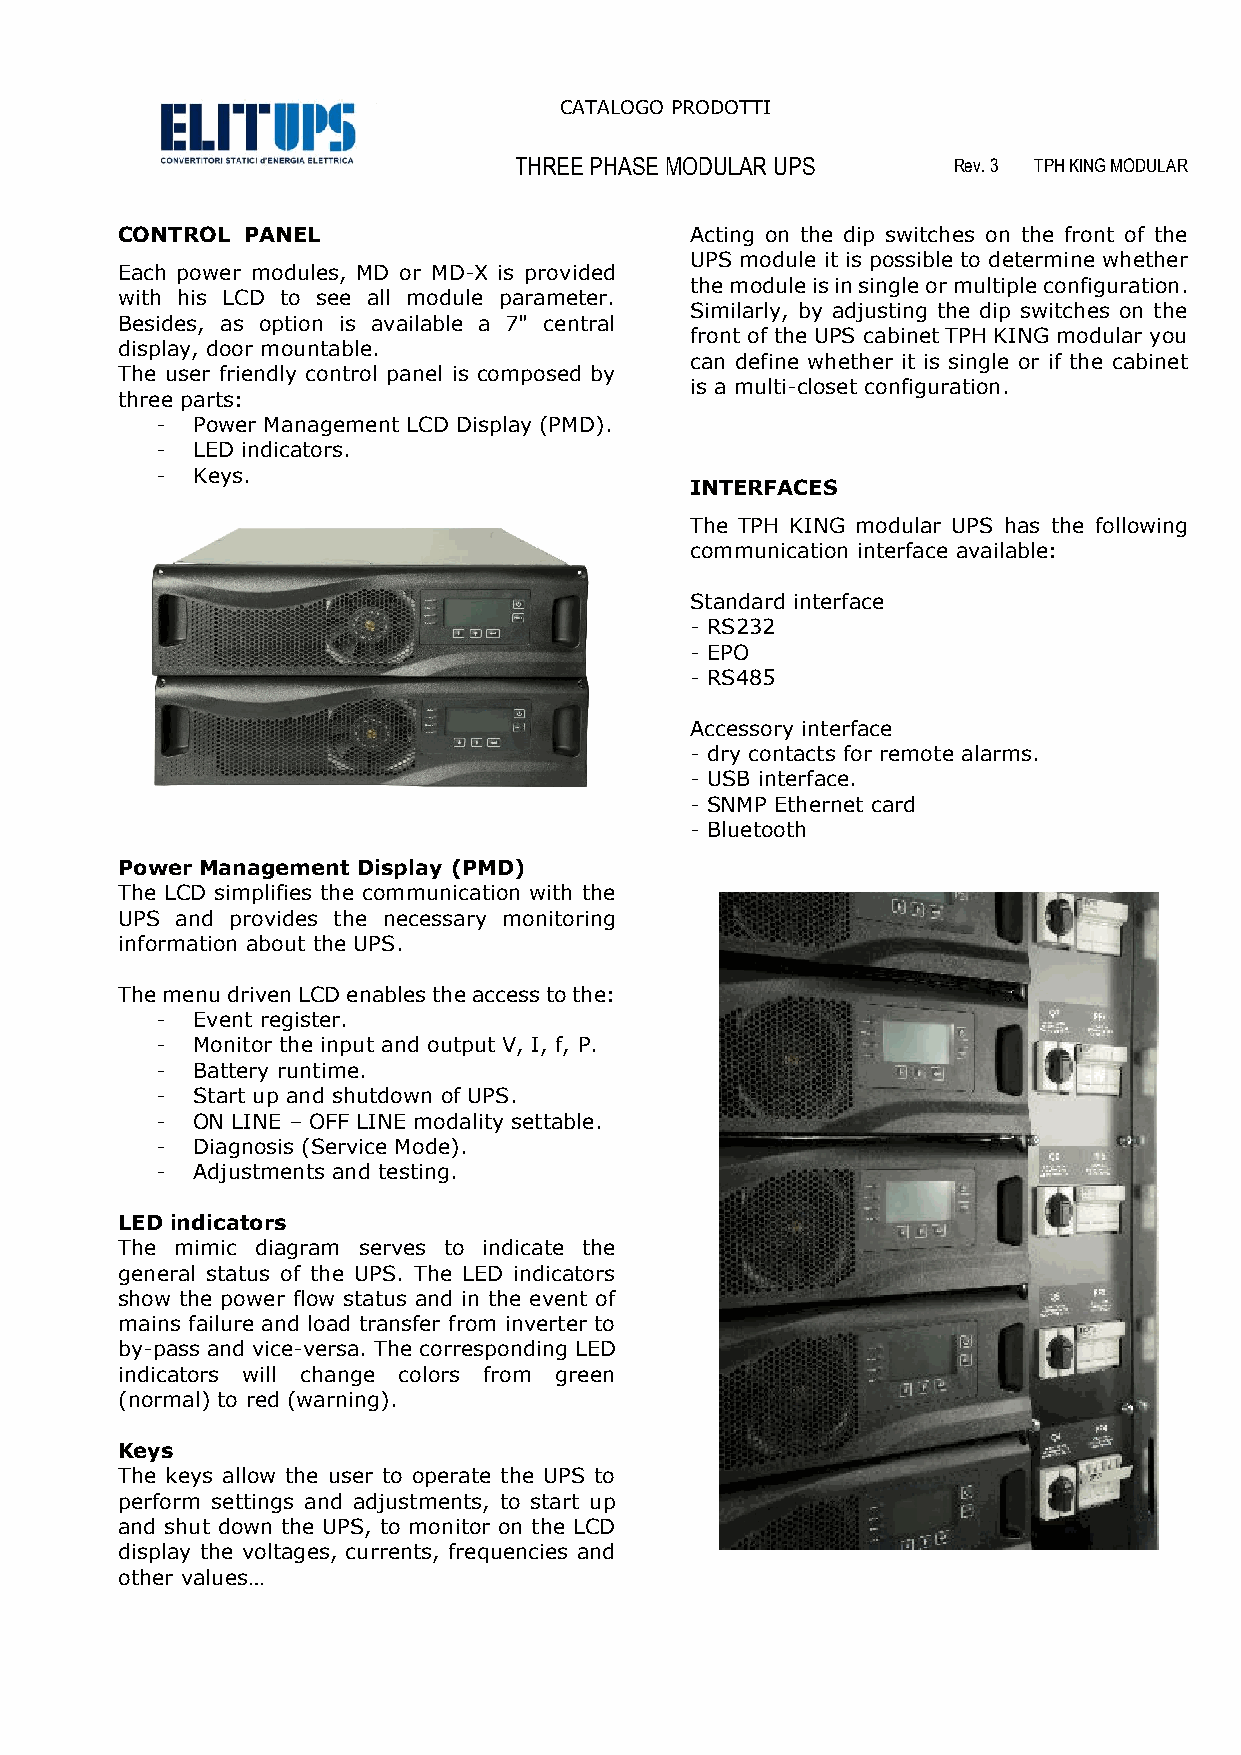
CATALOGO PRODOTTI
 THREE PHASE MODULAR UPS      Rev. 3 TPH KING MODULAR
 CONTROL PANEL                         Acting on the dip switches on the front of the
 UPS module it is possible to determine whether
 Each power modules, MD or MD-X is provided
 the module is in single or multiple configuration.
 with his LCD to see all module parameter.
 Similarly, by adjusting the dip switches on the
 Besides, as option is available a 7" central
 front of the UPS cabinet TPH KING modular you
 display, door mountable.
 can define whether it is single or if the cabinet
 The user friendly control panel is composed by
 is a multi-closet configuration.
 three parts:
 -  Power Management LCD Display (PMD).
 -  LED indicators.
 -  Keys.
 INTERFACES
 The TPH KING modular UPS has the following
 communication interface available:
 Standard interface
 - RS232
 - EPO
 - RS485
 Accessory interface
 - dry contacts for remote alarms.
 - USB interface.
 - SNMP Ethernet card
 - Bluetooth
 Power Management Display (PMD)
 The LCD simplifies the communication with the
 UPS and provides the necessary monitoring
 information about the UPS.
 The menu driven LCD enables the access to the:
 -  Event register.
 -  Monitor the input and output V, I, f, P.
 -  Battery runtime.
 -  Start up and shutdown of UPS.
 -  ON LINE – OFF LINE modality settable.
 -  Diagnosis (Service Mode).
 -  Adjustments and testing.
 LED indicators
 The mimic diagram serves to indicate the
 general status of the UPS. The LED indicators
 show the power flow status and in the event of
 mains failure and load transfer from inverter to
 by-pass and vice-versa. The corresponding LED
 indicators will change colors from green
 (normal) to red (warning).
 Keys
 The keys allow the user to operate the UPS to
 perform settings and adjustments, to start up
 and shut down the UPS, to monitor on the LCD
 display the voltages, currents, frequencies and
 other values…